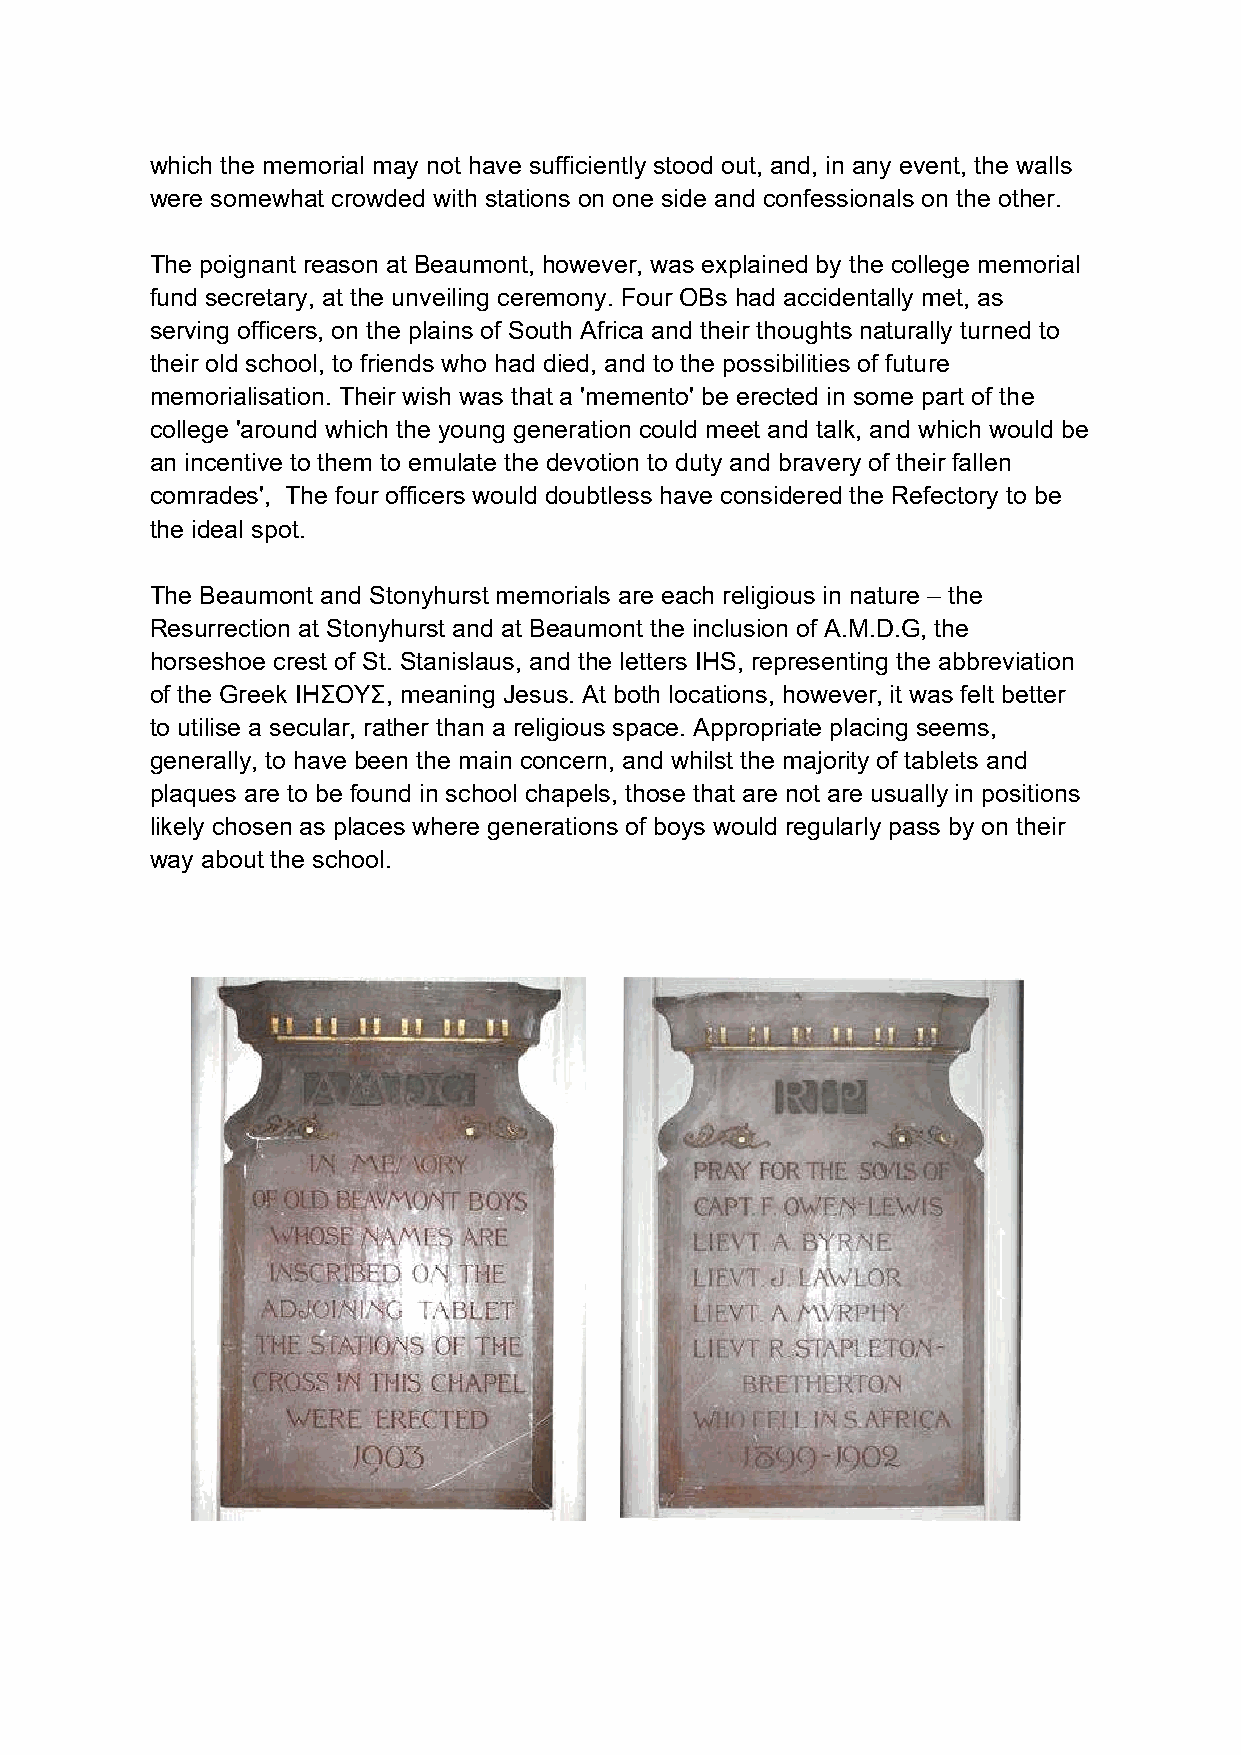
which the memorial may not have sufficiently stood out, and, in any event, the walls
 were somewhat crowded with stations on one side and confessionals on the other.
 The poignant reason at Beaumont, however, was explained by the college memorial
 fund secretary, at the unveiling ceremony. Four OBs had accidentally met, as
 serving officers, on the plains of South Africa and their thoughts naturally turned to
 their old school, to friends who had died, and to the possibilities of future
 memorialisation. Their wish was that a 'memento' be erected in some part of the
 college 'around which the young generation could meet and talk, and which would be
 an incentive to them to emulate the devotion to duty and bravery of their fallen
 comrades', The four officers would doubtless have considered the Refectory to be
 the ideal spot.
 The Beaumont and Stonyhurst memorials are each religious in nature – the
 Resurrection at Stonyhurst and at Beaumont the inclusion of A.M.D.G, the
 horseshoe crest of St. Stanislaus, and the letters IHS, representing the abbreviation
 of the Greek IHΣOYΣ, meaning Jesus. At both locations, however, it was felt better
 to utilise a secular, rather than a religious space. Appropriate placing seems,
 generally, to have been the main concern, and whilst the majority of tablets and
 plaques are to be found in school chapels, those that are not are usually in positions
 likely chosen as places where generations of boys would regularly pass by on their
 way about the school.